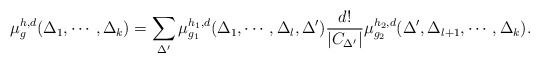
\begin{align*}\mu_{g}^{h,d}(\Delta_{1},\cdots,\Delta_{k})= \sum_{\Delta^{\prime}}\mu_{g_1}^{h_1,d}(\Delta_{1},\cdots,\Delta_{l},\Delta^{\prime})\frac{d!}{|C_{\Delta^{\prime}}|}\mu_{g_2}^{h_2,d}(\Delta^{\prime},\Delta_{l+1},\cdots,\Delta_{k}).\end{align*}